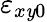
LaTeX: \varepsilon_{x\mathit{y}0}